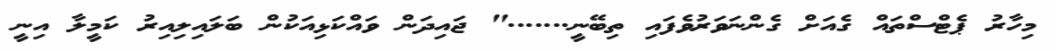
މިހާރު ޕެޓްސްތައް ގެއަށް ގެންނަވަރުވެފައި ތިބޭނީ......." ޖައިދަން ވައްކަޅިއަކުން ބަލައިލިއިރު ކަމީލާ އިނީ